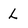
Character: L